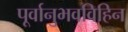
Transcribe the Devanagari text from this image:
पूर्वानुभवविहिन